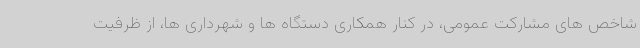
شاخص های مشارکت عمومی، در کنار همکاری دستگاه ها و شهرداری ها، از ظرفیت